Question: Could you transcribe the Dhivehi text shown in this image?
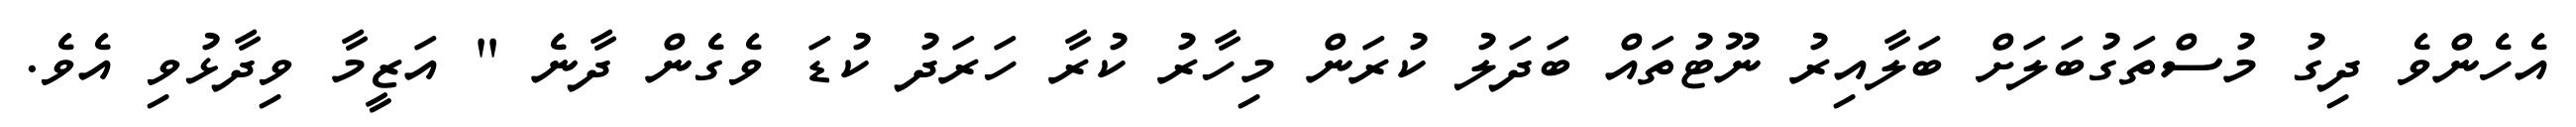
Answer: އެހެންވެ ދިގު މުސްތަގުބަލަށް ބަލާއިރު ނޫޓުތައް ބަދަލު ކުރަން މިހާރު ކުރާ ހަރަދު ކުޑަ ވެގެން ދާނެ " އަޒީމާ ވިދާޅުވި އެވެ.